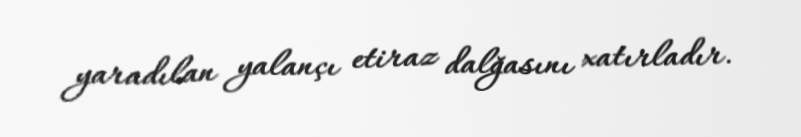
yaradılan yalançı etiraz dalğasını xatırladır.